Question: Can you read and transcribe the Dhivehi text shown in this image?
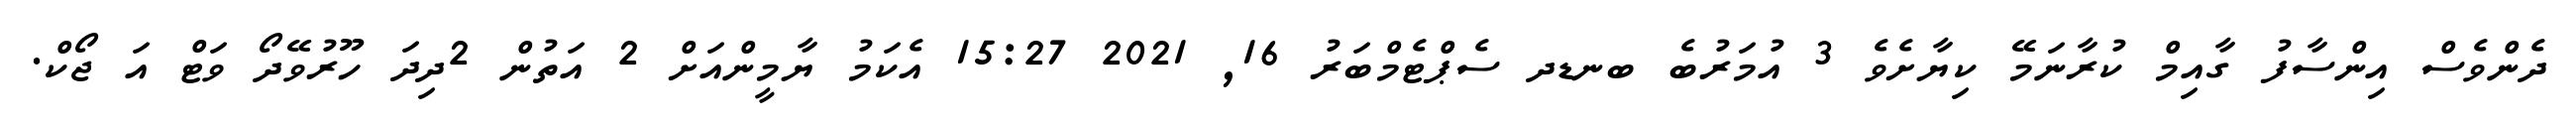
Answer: ދެންވެސް އިންސާފު ގާއިމް ކުރާނަމޭ ކިޔާށެވެ 3 އުމަރުބެ ބނޑދ ސެޕްޓެމްބަރު 16, 2021 15:27 އެކަމު ޔާމީންއަށް 2 އަތުން 2ދިދަ ހޫރުވޭދޯ ވަޓް އަ ޖޯކް.